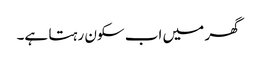
گھر میں اب سکون رہتا ہے۔